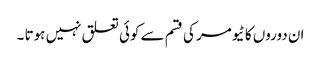
ان دوروں کا ٹیومر کی قسم سے کوئی تعلق نہیں ہوتا ۔